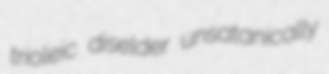
trioleic diselder unsatanically